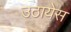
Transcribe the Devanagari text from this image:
उठायेस